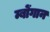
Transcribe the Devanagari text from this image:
म्बोंगान